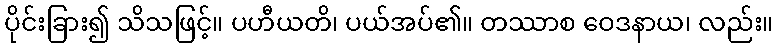
ပိုင်းခြား၍ သိသဖြင့်။ ပဟီယတိ၊ ပယ်အပ်၏။ တဿာစ ဝေဒနာယ၊ လည်း။